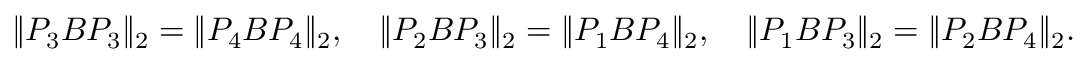
\| P _ { 3 } B P _ { 3 } \| _ { 2 } = \| P _ { 4 } B P _ { 4 } \| _ { 2 } , \quad \| P _ { 2 } B P _ { 3 } \| _ { 2 } = \| P _ { 1 } B P _ { 4 } \| _ { 2 } , \quad \| P _ { 1 } B P _ { 3 } \| _ { 2 } = \| P _ { 2 } B P _ { 4 } \| _ { 2 } .